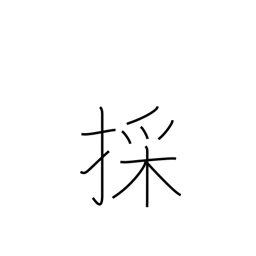
Meaning: fetch